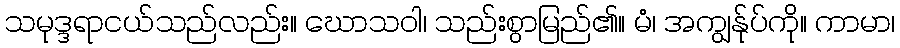
သမုဒ္ဒရာငယ်သည်လည်း။ ဃောသဝါ၊ သည်းစွာမြည်၏။ မံ၊ အကျွန်ုပ်ကို။ ကာမာ၊